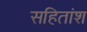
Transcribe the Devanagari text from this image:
सहितांश